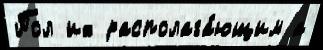
Пол их располага́ющим а